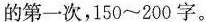
的第一次，150~200字。